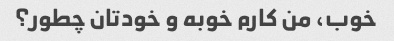
خوب، من کارم خوبه و خودتان چطور؟